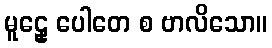
မူဠှေ ပေါတေ စ ဗာလိသော။